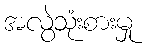
အလွဲသုံးစားမှု